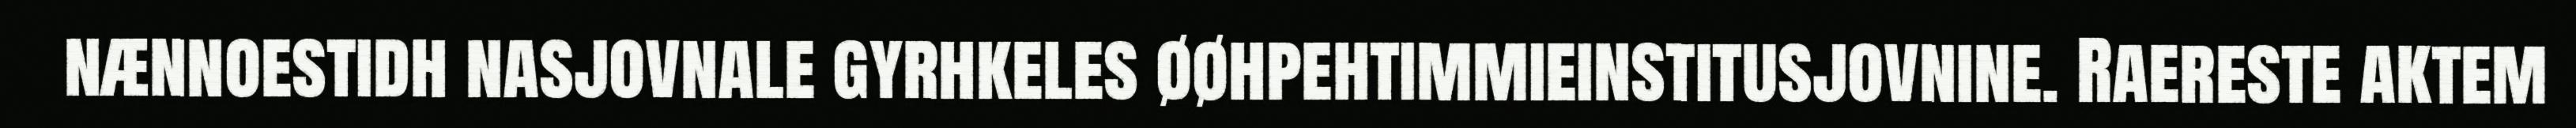
nænnoestidh nasjovnale gyrhkeles øøhpehtimmieinstitusjovnine. Raereste aktem